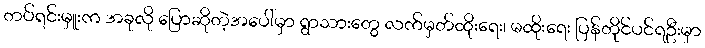
တပ်ရင်းမှူးက အခုလို ပြောဆိုတဲ့အပေါ်မှာ ရွာသားတွေ လက်မှတ်ထိုးရေး၊ မထိုးရေး ပြန်တိုင်ပင်ရဦးမှာ